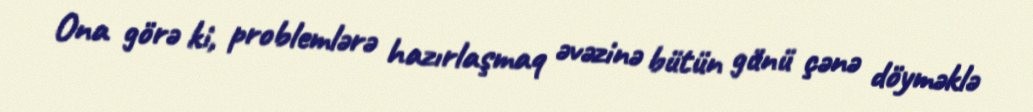
Ona görə ki, problemlərə hazırlaşmaq əvəzinə bütün günü çənə döyməklə